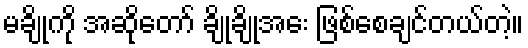
မချိုကို အဆိုတော် ချိုချိုအေး ဖြစ်စေချင်တယ်တဲ့။